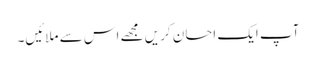
آپ ایک احسان کریں مجھے اس سے ملائیں۔